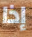
إذا